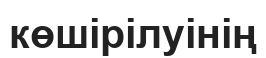
көшірілуінің